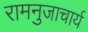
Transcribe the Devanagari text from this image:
रामनुजाचार्य